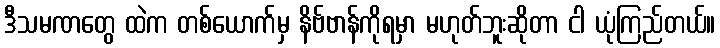
ဒီသမဏတွေ ထဲက တစ်ယောက်မှ နိဗ်ဗာန်ကိုရမှာ မဟုတ်ဘူးဆိုတာ ငါ ယုံကြည်တယ်။